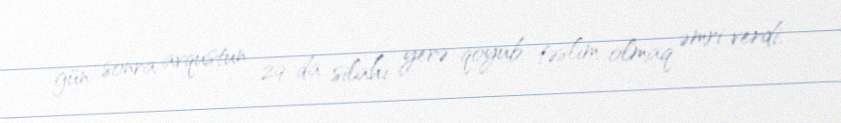
gün sonra avqustun 29-da silahı yerə qoyub təslim olmaq əmri verdi.